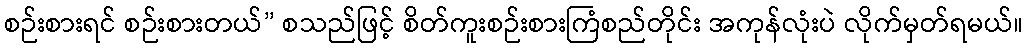
စဉ်းစားရင် စဉ်းစားတယ်” စသည်ဖြင့် စိတ်ကူးစဉ်းစားကြံစည်တိုင်း အကုန်လုံးပဲ လိုက်မှတ်ရမယ်။